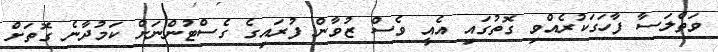
ވަތްލަސާ ފާހަގަކުރެއްވި ގޮތުގައި އެއީ ވެސް ޒުވާން ފުރައިގެ ގެސްޓުންނަށް ކަމުދާނެ ގޮތަށް